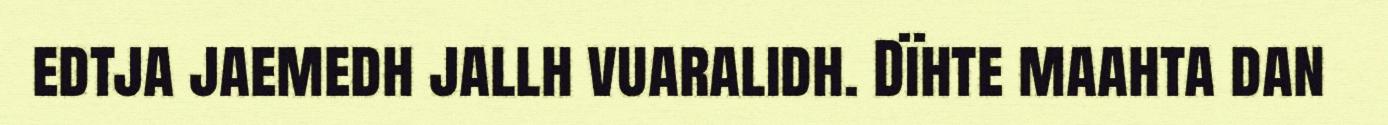
edtja jaemedh jallh vuaralidh. Dïhte maahta dan